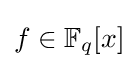
f\in \mathbb {F} _{q}[x]